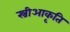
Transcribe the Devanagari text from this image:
स्त्रीआकृति